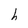
Character: h